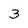
Character: 3